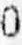
0